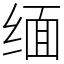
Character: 缅